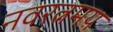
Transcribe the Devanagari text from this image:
नवरत्नमय